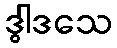
ဒွါဒသေ